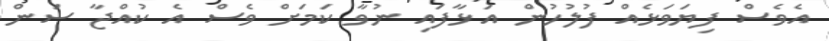
އެވެސް ފިޔަވަޅެއް ފުލުހުން އަޅާފައި ނުވާ ކަމަށް ވެސް އެ ކުއްޖާ ސަން